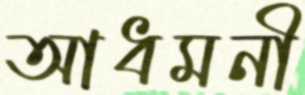
আধমনী